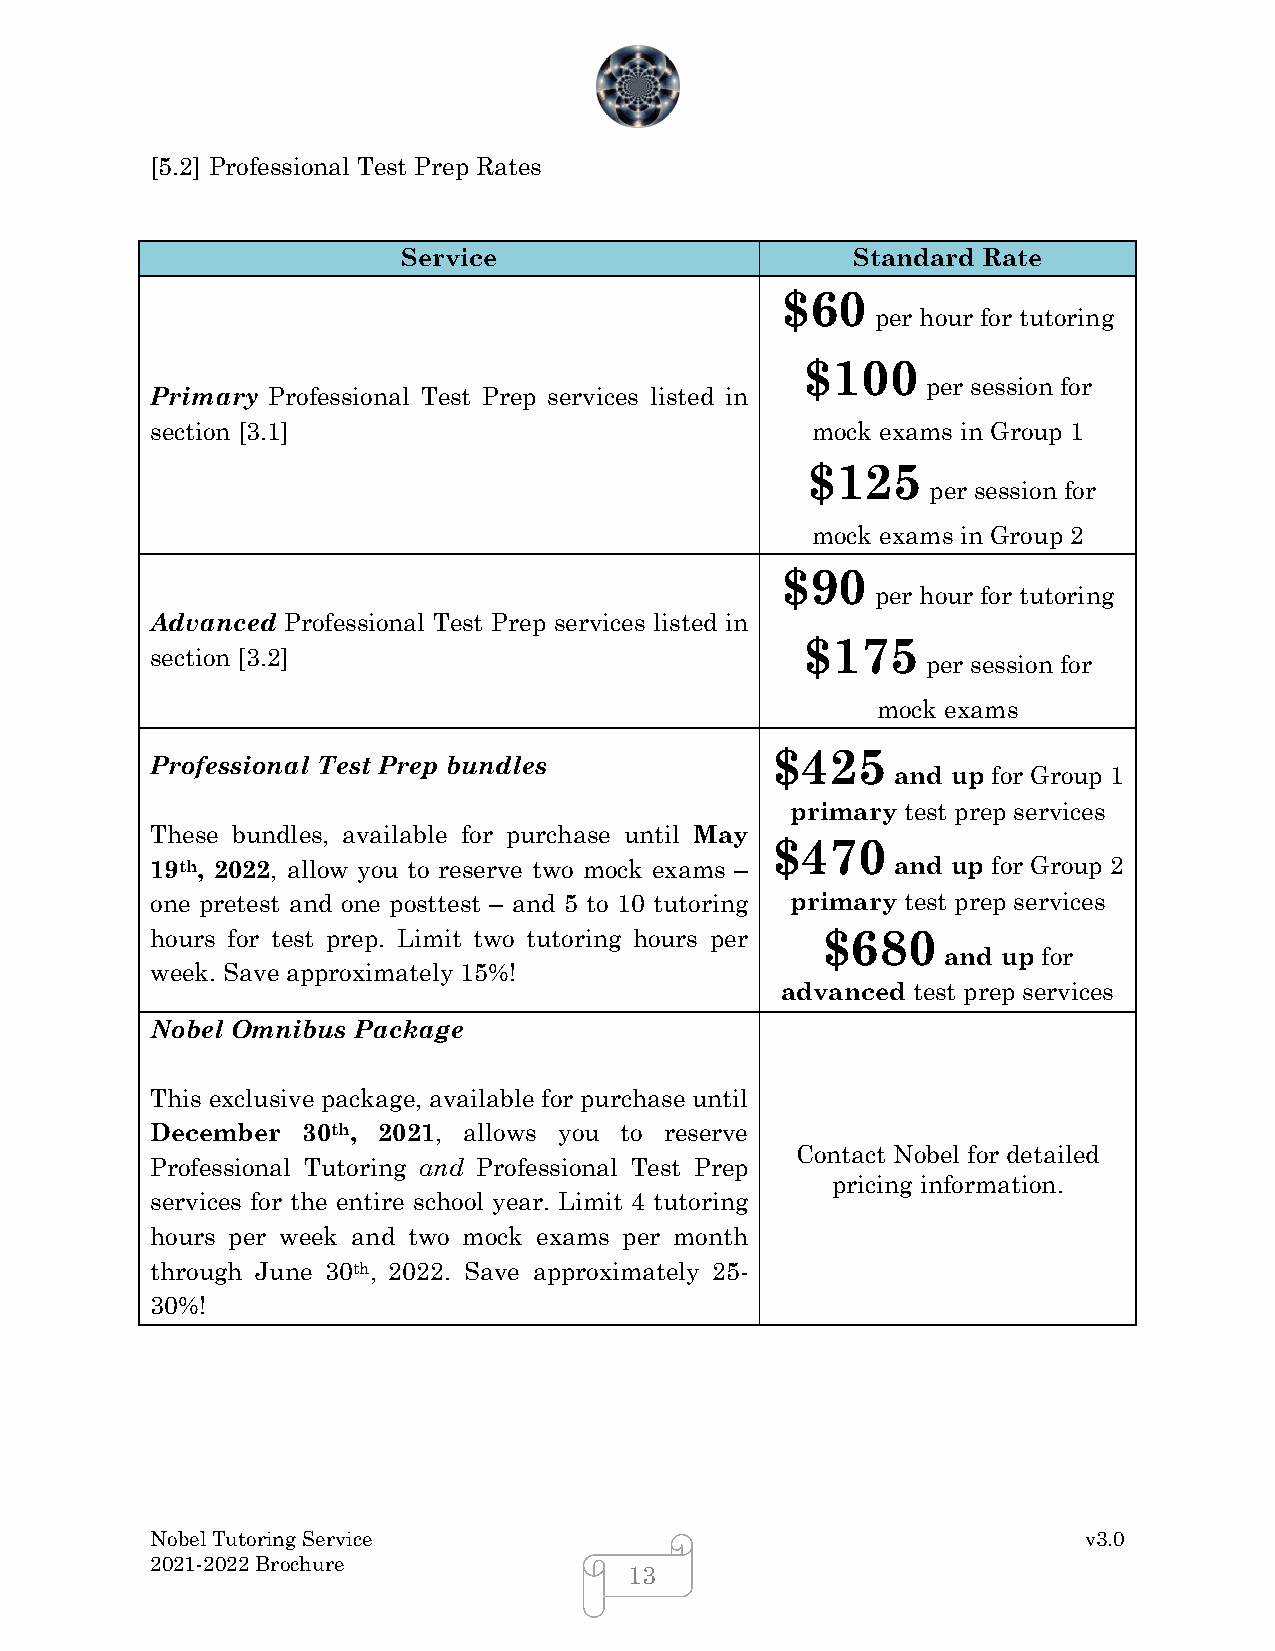
[5.2] Professional Test Prep Rates
 Service                      Standard Rate
 $60
 per hour for tutoring
 $100
 per session for
 Primary Professional Test Prep services listed in
 section [3.1]                               mock exams in Group 1
 $125
 per session for
 mock exams in Group 2
 $90
 per hour for tutoring
 Advanced Professional Test Prep services listed in
 $175
 section [3.2]
 per session for
 mock exams
 $425
 Professional Test Prep bundles
 and up for Group 1
 primary test prep services
 These bundles, available for purchase until May
 $470
 19th, 2022, allow you to reserve two mock exams – and up for Group 2
 one pretest and one posttest – and 5 to 10 tutoring primary test prep services
 hours for test prep. Limit two tutoring hours per $680
 and up for
 week. Save approximately 15%!
 advanced test prep services
 Nobel Omnibus Package
 This exclusive package, available for purchase until
 December  30th, 2021, allows you to reserve
 Contact Nobel for detailed
 Professional Tutoring and Professional Test Prep
 pricing information.
 services for the entire school year. Limit 4 tutoring
 hours per week and two mock exams per month
 through June 30th, 2022. Save approximately 25-
 30%!
 Nobel Tutoring Service                                        v3.0
 2021-2022 Brochure
 13